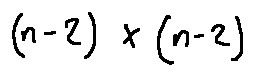
( n - 2 ) \times ( n - 2 )